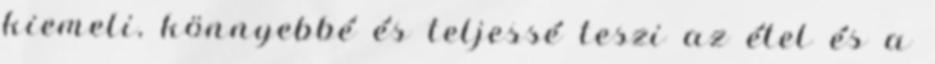
kiemeli, könnyebbé és teljessé teszi az étel és a